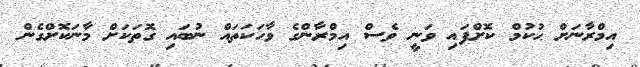
އިމްރާނަށް ޙުކުމް ކޮށްފައި ވަނީ ވެސް އިމްރާންގެ ވާހަކަތައް ނުބައި ގޮތަކަށް މާނަކޮށްގެން